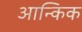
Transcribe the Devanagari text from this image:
आन्किक